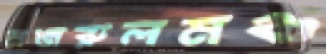
নজরুলমঞ্চ